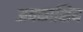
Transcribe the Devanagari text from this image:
अवकाशिय